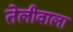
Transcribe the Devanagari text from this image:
तेलीवाला